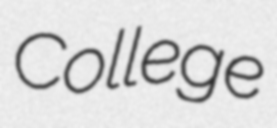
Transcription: College